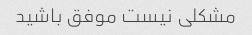
مشکلی نیست موفق باشید